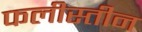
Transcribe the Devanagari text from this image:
फलीस्‍तीन